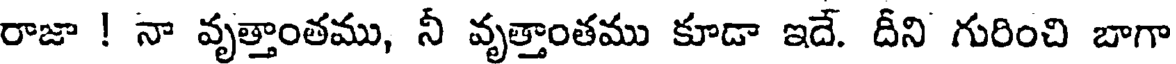
రాజా ! నా వృత్తాంతము, నీ వృత్తాంతము కూడా ఇదే. దీని గురించి బాగా